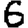
Digit: 6